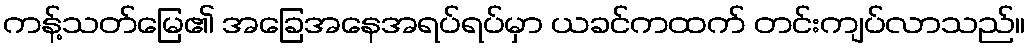
ကန့်သတ်မြေ၏ အခြေအနေအရပ်ရပ်မှာ ယခင်ကထက် တင်းကျပ်လာသည်။